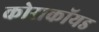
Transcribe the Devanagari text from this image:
कोराकॉयड